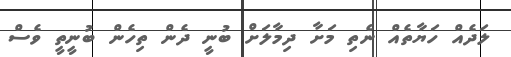
ލަދެއް ހަޔާތެއް ނެތި މަށާ ދިމާލަށް ބުނީ ދެން ތިހެން ބުނީތީ ވެސް